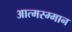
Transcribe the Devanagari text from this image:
आत्मस्म्मान